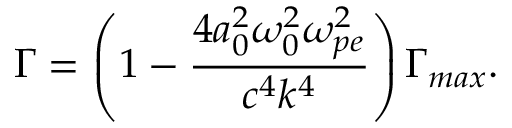
\Gamma = \left( 1 - \frac { 4 a _ { 0 } ^ { 2 } \omega _ { 0 } ^ { 2 } \omega _ { p e } ^ { 2 } } { c ^ { 4 } k ^ { 4 } } \right) \Gamma _ { m a x } .